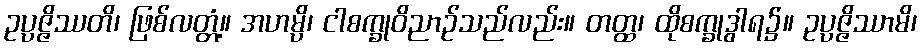
ဥပ္ပဇ္ဇိဿတိ၊ ဖြစ်လတ္တံ့။ အဟမ္ပိ၊ ငါစက္ခုဝိညာဉ်သည်လည်း။ တတ္ထ၊ ထိုစက္ခုဒွါရ၌။ ဥပ္ပဇ္ဇိဿာမိ၊